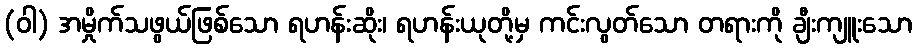
(ဝါ) အမှိုက်သဖွယ်ဖြစ်သော ရဟန်းဆိုး၊ ရဟန်းယုတို့မှ ကင်းလွတ်သော တရားကို ချီးကျူးသော